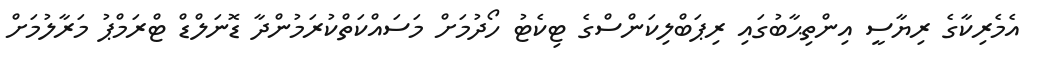
އެމެރިކާގެ ރިޔާސީ އިންތިޙާބުގައި ރިޕަބްލިކަންސްގެ ޓިކެޓު ހޯދުމަށް މަސައްކަތްކުރަމުންދާ ޑޮނަލްޑް ޓްރަމްޕު މަރާލުމަށް